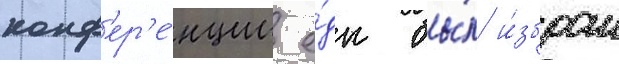
конф'ер'е́нции е́дк бы́л и́збран